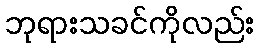
ဘုရားသခင်ကိုလည်း